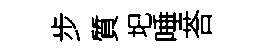
步質圯唾荅